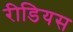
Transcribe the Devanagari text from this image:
रीडियस